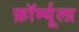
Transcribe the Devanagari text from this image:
फ़ॉर्म्यूला